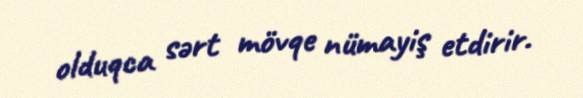
olduqca sərt mövqe nümayiş etdirir.